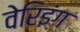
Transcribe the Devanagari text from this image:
वेरिइंग